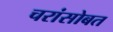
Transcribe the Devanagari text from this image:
चरांसोबत